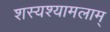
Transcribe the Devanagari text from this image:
शस्यश्यामलाम्